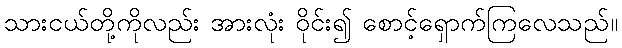
သားငယ်တို့ကိုလည်း အားလုံး ဝိုင်း၍ စောင့်ရှောက်ကြလေသည်။